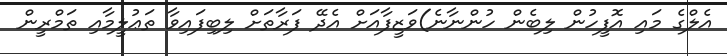
އެލްގެ މައި އޮފީހުން ލިބެން ހުންނާނެ)ވަޒީފާއަށް އެދޭ ފަރާތަށް ލިބިފައިވާ ތަޢުލީމާއި ތަމްރީން